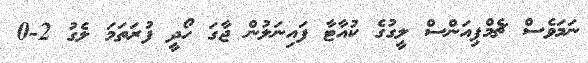
ނަމަވެސް ޗެމްޕިއަންސް ލީގުގެ ކުއާޓާ ފައިނަލުން ޖާގަ ހޯދީ ފުރަތަމަ ލެގު 2-0